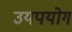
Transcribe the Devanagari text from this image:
उयपयोग